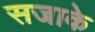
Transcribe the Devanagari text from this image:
सजाके